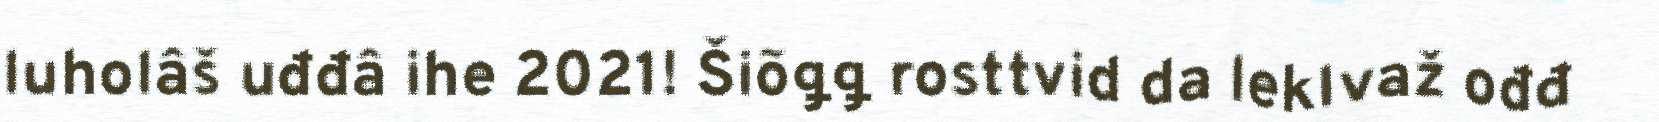
luholâš uđđâ ihe 2021!​ Šiõǥǥ rosttvid da leklvaž ođđ